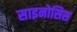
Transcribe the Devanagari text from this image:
साइनोसिस